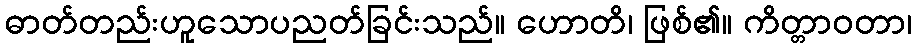
ဓာတ်တည်းဟူသောပညတ်ခြင်းသည်။ ဟောတိ၊ ဖြစ်၏။ ကိတ္တာဝတာ၊